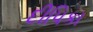
દીપિકા